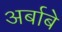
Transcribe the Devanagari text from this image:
अर्बाबे